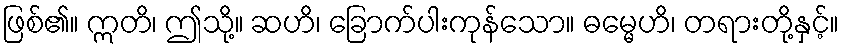
ဖြစ်၏။ ဣတိ၊ ဤသို့။ ဆဟိ၊ ခြောက်ပါးကုန်သော။ ဓမ္မေဟိ၊ တရားတို့နှင့်။